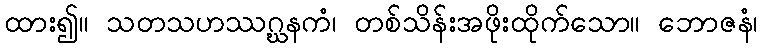
ထား၍။ သတသဟဿဂ္ဃနကံ၊ တစ်သိန်းအဖိုးထိုက်သော။ ဘောဇနံ၊